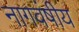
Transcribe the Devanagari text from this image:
नागवंषीय